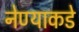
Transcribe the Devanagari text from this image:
नेण्याकडे